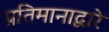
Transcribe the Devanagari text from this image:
प्रतिमानाद्वारे